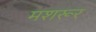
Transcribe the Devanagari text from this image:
मशरूर